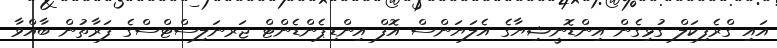
އައި ގްރެފިކަލް ގުޅިގެން އިންޑޮނީޝިޔާގެ އެލަޔަންސް އޮފް އިންޑިޕެންޑެންޓް ޖަރނަލިސްޓްސްގެ ފަރާތުން ބާއްވާ